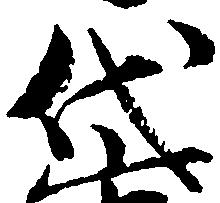
代